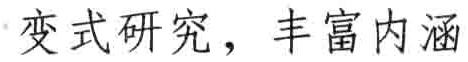
变式研究，丰富内涵